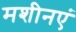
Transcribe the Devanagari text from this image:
मशीनएं